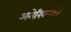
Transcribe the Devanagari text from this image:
अमेरिकनांत